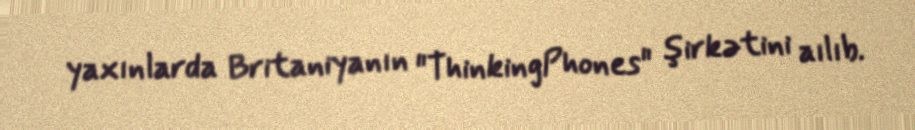
yaxınlarda Britaniyanın "ThinkingPhones" şirkətini aılıb.